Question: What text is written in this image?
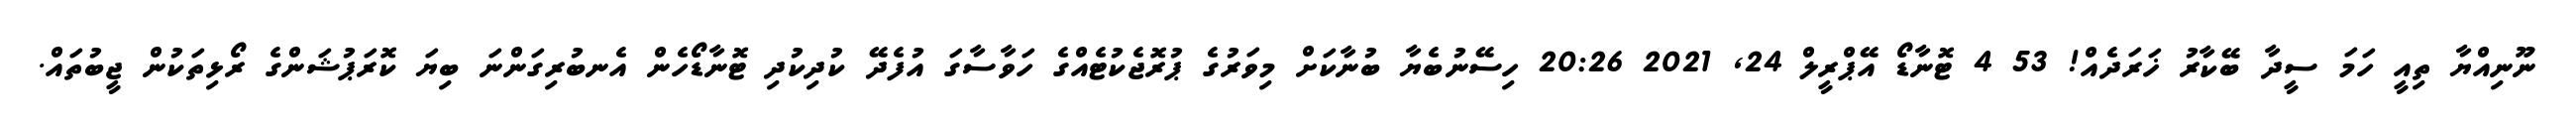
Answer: ނޫނިއްޔާ ތިއީ ހަމަ ސީދާ ބޭކާރު ޚަރަދެއް! 53 4 ޓޮނާޑޯ އޭޕްރީލް 24, 2021 20:26 ހިސޭނުބެޔާ ބުނާކަށް މިވަރުގެ ޕުރޮޖެކުޓެއްގެ ހަވާސާގަ އުފެދޭ ކުދިކުދި ޓޮނާޑޯހެން އެނބުރިގަންނަ ބިޔަ ކޮރަޕުޝަންގެ ރޯޅިތަކުން ޖީބުތައް.